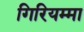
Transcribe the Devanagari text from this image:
गिरियम्मा